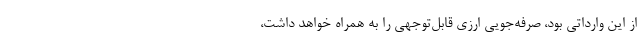
از این وارداتی بود، صرفه‌جویی ارزی قابل‌توجهی را به همراه خواهد داشت،